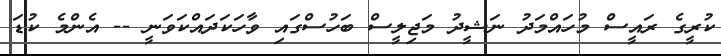
ކުރީގެ ރައީސް މުހައްމަދު ނަޝީދު މަޖިލީސް ބަހުސްގައި ވާހަކަދައްކަވަނީ -- އެންމެ ކުޑަ